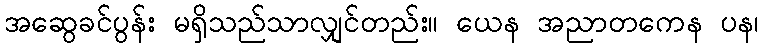
အဆွေခင်ပွန်း မရှိသည်သာလျှင်တည်း။ ယေန အညာတကေန ပန၊